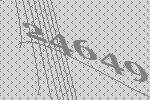
24649